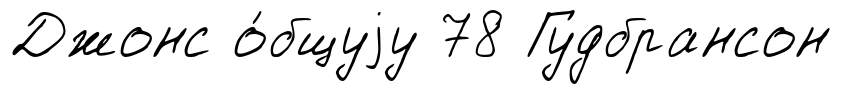
Джонс о́бщуjу 78 Гудбрансон